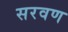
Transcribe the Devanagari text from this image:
सरवण